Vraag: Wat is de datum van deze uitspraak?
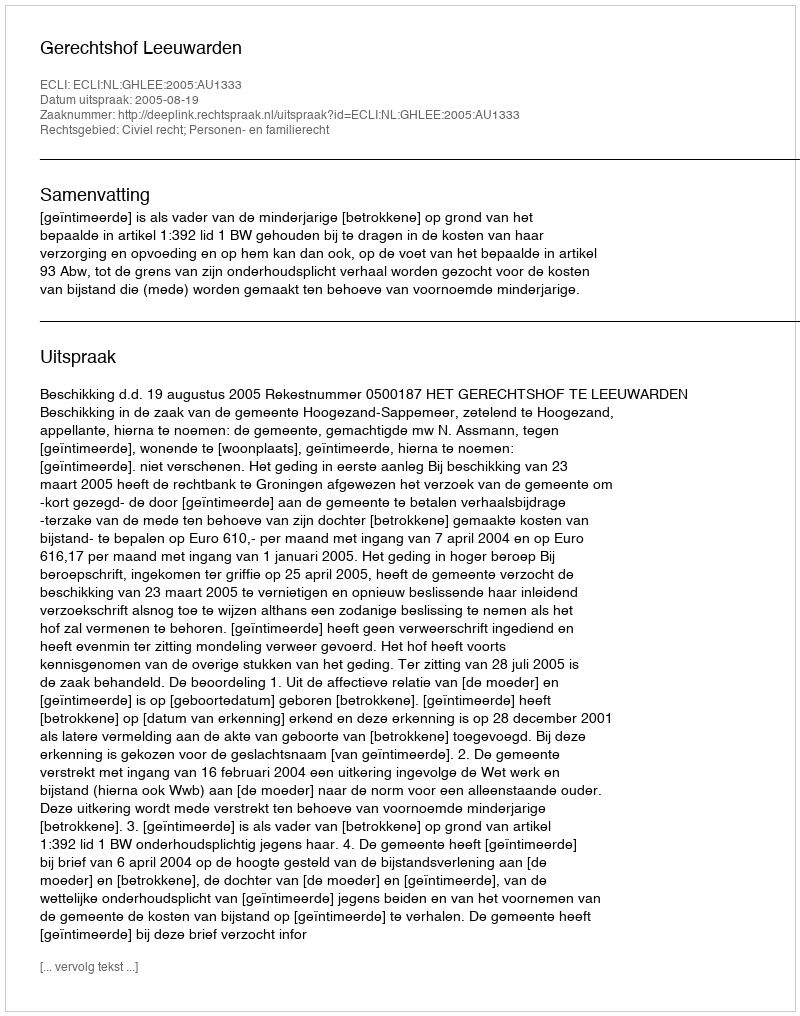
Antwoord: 2005-08-19